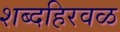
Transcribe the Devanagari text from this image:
शब्दहिरवळ